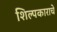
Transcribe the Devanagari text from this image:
शिल्पकाराचे